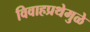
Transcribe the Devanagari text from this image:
विवाहप्रथेमुळे